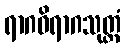
ရာဂဝိရာဂသုတ္တံ